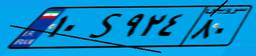
۵۶S۹۳۲۳۵